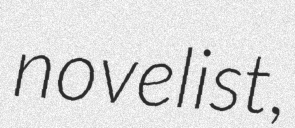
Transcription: novelist,